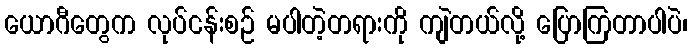
ယောဂီတွေက လုပ်ငန်းစဉ် မပါတဲ့တရားကို ကျဲတယ်လို့ ပြောကြတာပါပဲ၊